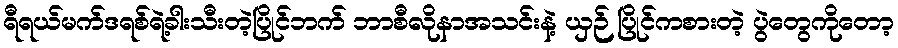
ရီရယ်မက်ဒရစ်ရဲ့ခါးသီးတဲ့ပြိုင်ဘက် ဘာစီလိုနာအသင်းနဲ့ ယှဉ် ပြိုင်ကစားတဲ့ ပွဲတွေကိုတော့